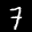
Label: 7